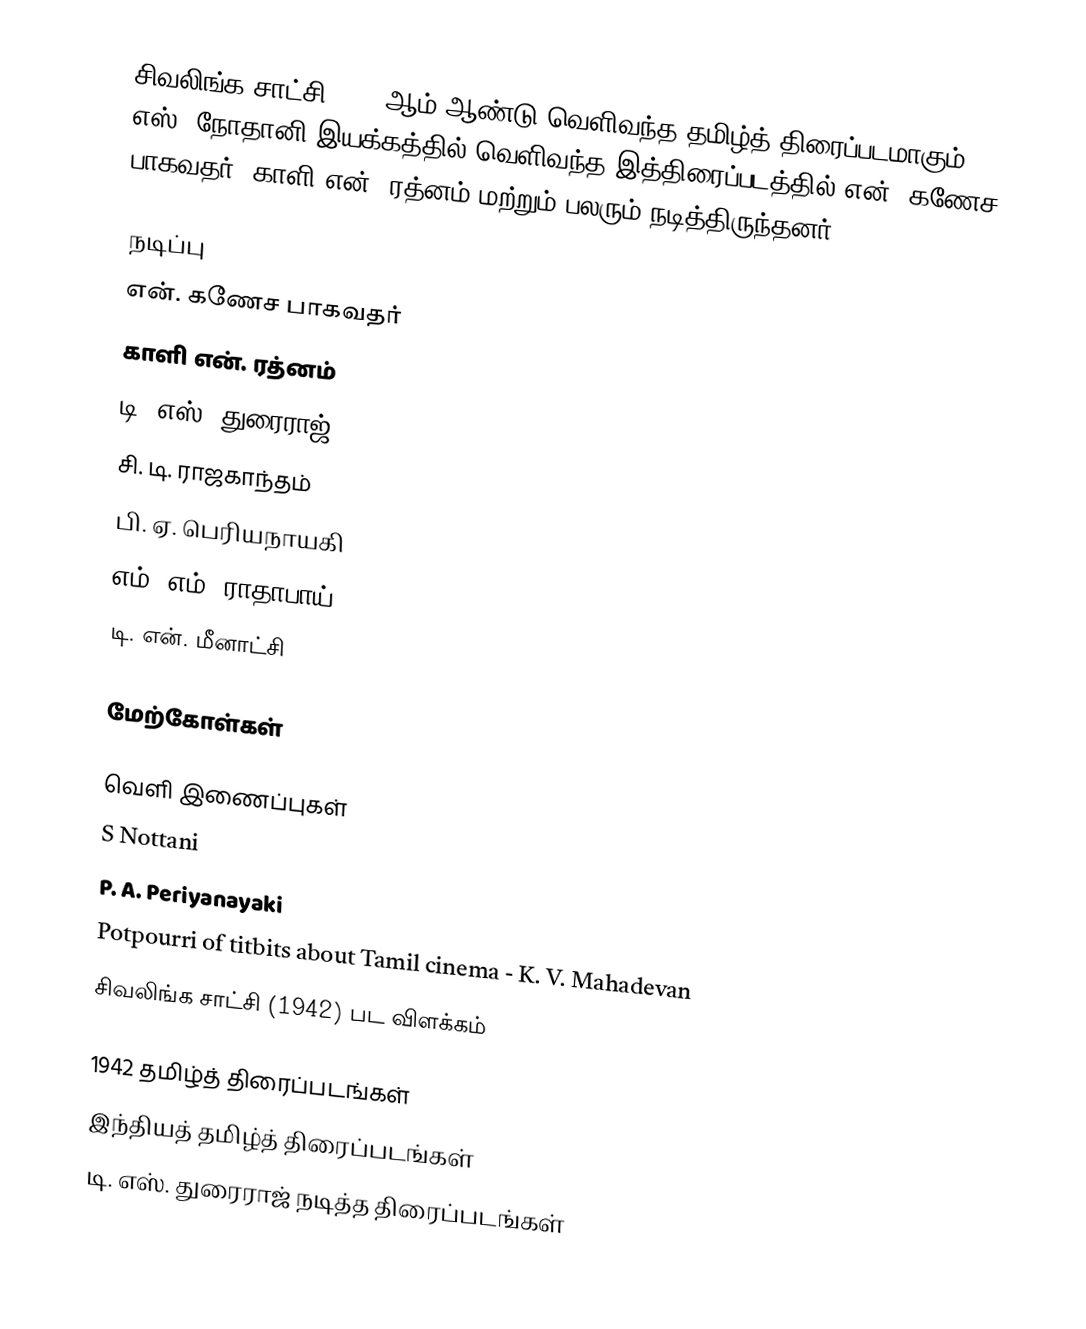
சிவலிங்க சாட்சி 1942 ஆம் ஆண்டு வெளிவந்த தமிழ்த் திரைப்படமாகும். எஸ். நோதானி இயக்கத்தில் வெளிவந்த இத்திரைப்படத்தில் என். கணேச பாகவதர், காளி என். ரத்னம் மற்றும் பலரும் நடித்திருந்தனர்.

நடிப்பு
 என். கணேச பாகவதர்
 காளி என். ரத்னம்
 டி. எஸ். துரைராஜ்
 சி. டி. ராஜகாந்தம்
 பி. ஏ. பெரியநாயகி
 எம். எம். ராதாபாய்
 டி. என். மீனாட்சி

மேற்கோள்கள்

வெளி இணைப்புகள்
 S Nottani
 P. A. Periyanayaki
 Potpourri of titbits about Tamil cinema - K. V. Mahadevan
 சிவலிங்க சாட்சி (1942) பட விளக்கம்

1942 தமிழ்த் திரைப்படங்கள்
இந்தியத் தமிழ்த் திரைப்படங்கள்
டி. எஸ். துரைராஜ் நடித்த திரைப்படங்கள்